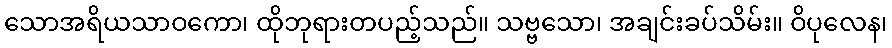
သောအရိယသာဝကော၊ ထိုဘုရားတပည့်သည်။ သဗ္ဗသော၊ အချင်းခပ်သိမ်း။ ဝိပုလေန၊